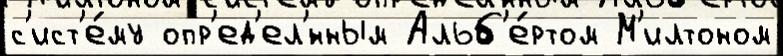
с'ист'е́му опр'ед'ел'́нным Альб'е́ртом М'илтоном